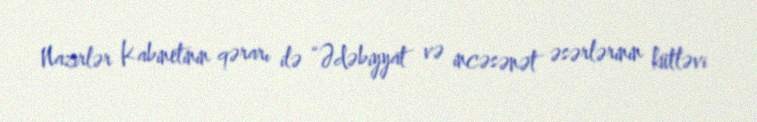
Nazirlər Kabinetinin qərarı ilə “Ədəbiyyat və incəsənət əsərlərinin kütləvi